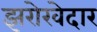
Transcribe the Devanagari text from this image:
झरोखेदार